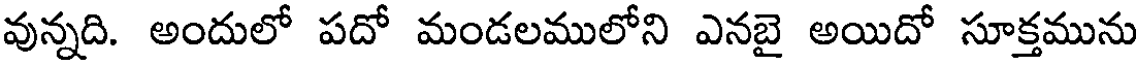
వున్నది. అందులో పదో మండలములోని ఎనబై అయిదో సూక్తమును